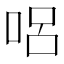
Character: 𠴊